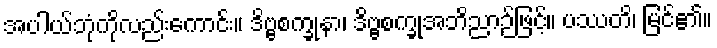
အပါယ်ဘုံကိုလည်းကောင်း။ ဒိဗ္ဗစက္ခုနာ၊ ဒိဗ္ဗစက္ခုအဘိညာဉ်ဖြင့်။ ပဿတိ၊ မြင်၏။